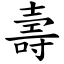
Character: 壽